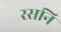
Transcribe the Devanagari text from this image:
रसनि